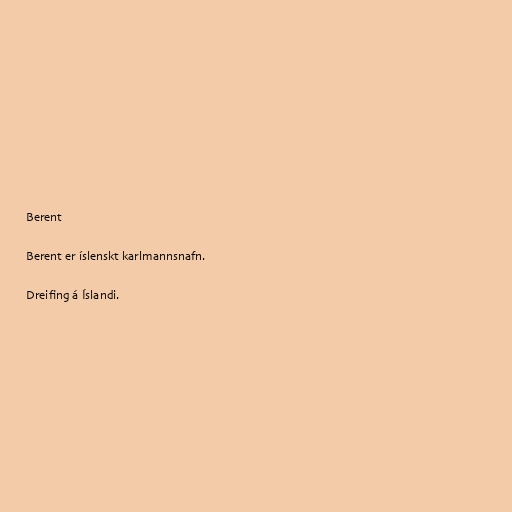
Berent

Berent er íslenskt karlmannsnafn.

Dreifing á Íslandi.